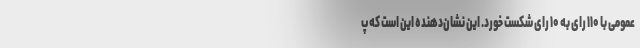
عمومی با ۱۱۰ رای به ۱۰ رای شکست خورد. این نشان‌دهنده این است که پ